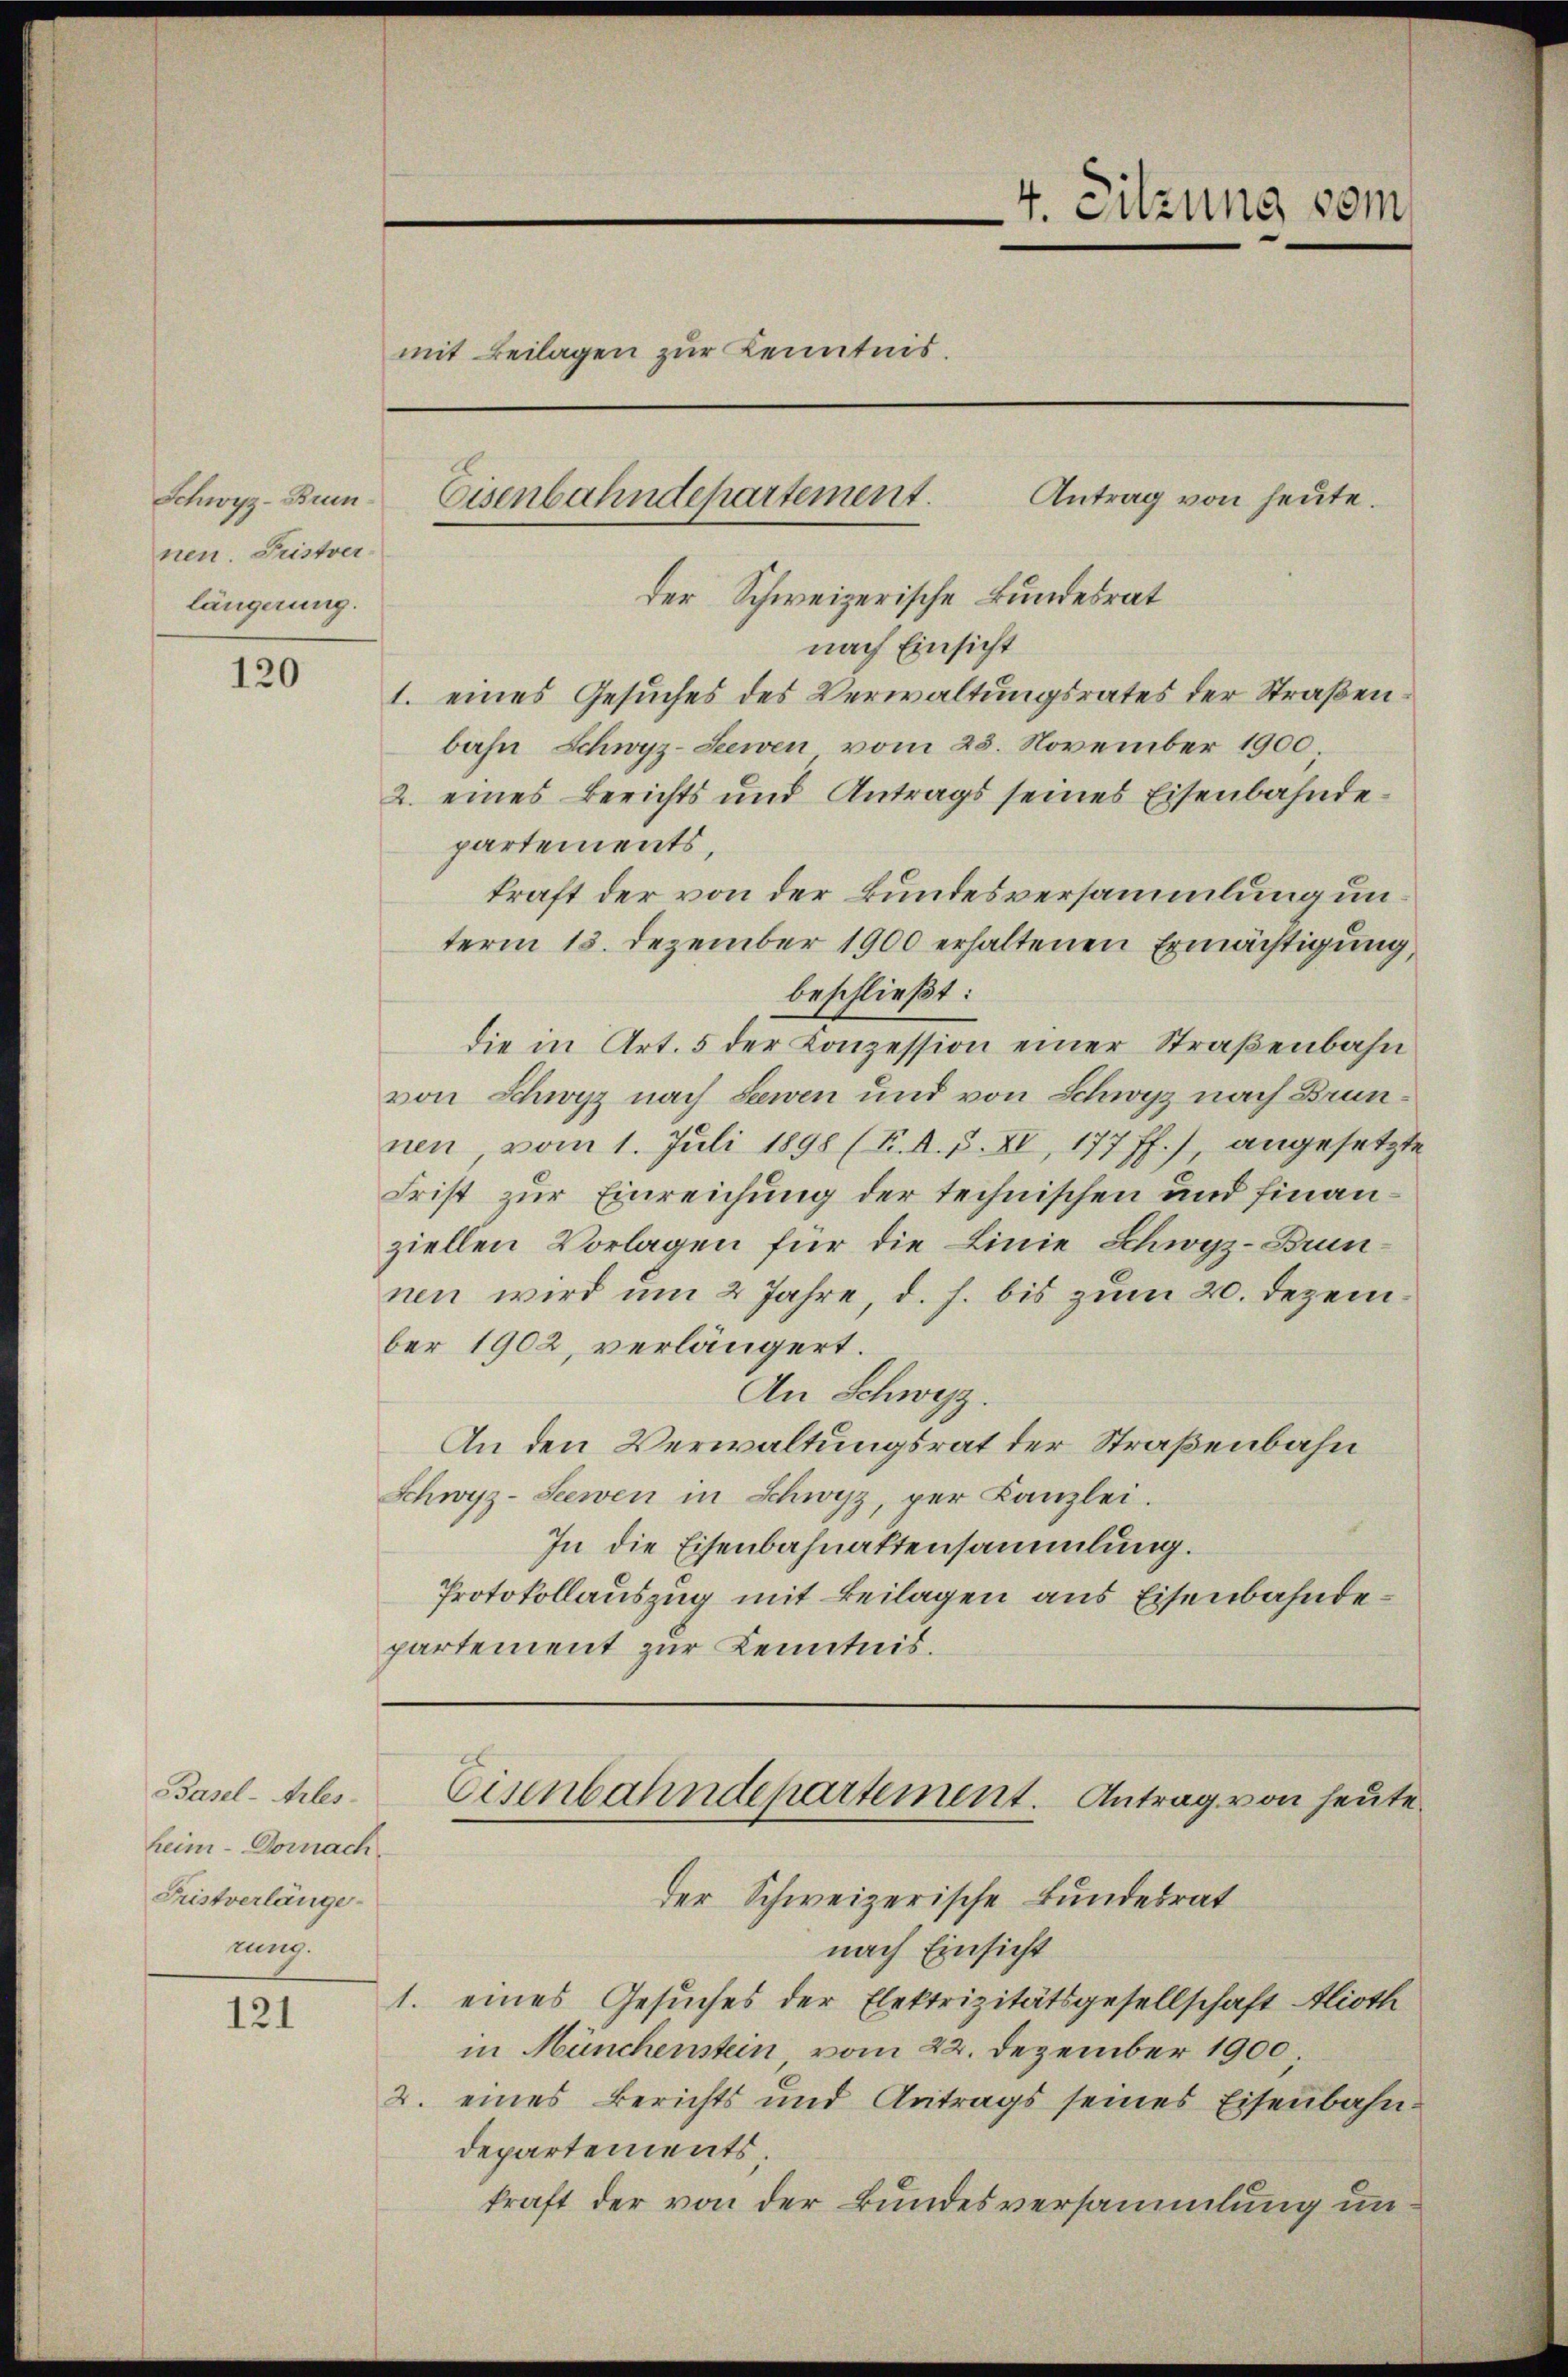
Schwyz-Brunnen. Fristverlängerung.

120

Basel-Arles
heim Dornach.
Fristverlänge
rung.

121

der Schweizerische Bundesrat
nach Einsicht
1. eines Gesuches des Verwaltungsrates der Straßenbahn, Schwyz-Seewen vom 25. November 1900
2. eines Berichts und Antrags seines Eisenbahndepartements,
kraft der von der Bundesversammlung unterm 13. Dezember 1900 erhaltenen Ermächtigung,
beschließt:
die in Art. 5 der Konzession einer Straßenbahn
von Schwyz nach Lewen und von Schwyz nach Brunnen vom 1. Juli 1898 (F. A. F. XI, 177 ff.), angesetzte
Frist zur Einreichung der technischen und finanziellen Vorlagen für die Linie Schwyz-Brunnen wird um 2 Jahre, d. h. bis zum 20. Dezember 1902, verlängert.
An Schwyz.
An den Verwaltungsrat der Straßenbahn
Schwyz-Seewen in Schwyz, per Kanzlei.
In die Eisenbahnattensammlung.
Protokollauszug mit Beilagen aus Eisenbahndepartement zur Kenntnis.

mit Beilagen zur Kenntnis.
Antrag von heute.
Eisenbahndepartement.

4. Sitzung vom

der Schweizerische Bundesrat
nach Einsicht
1. eines Gesuches der Elektrizitätsgesellschaft Alioth
in Münchenstein vom 22. Dezember 1900
2. eines Berichts und Antrags seines Eisenbahn-
departements.
kraft der von der Bundesversammlung un¬

Eisenbahndepartement. Antrag von heute.